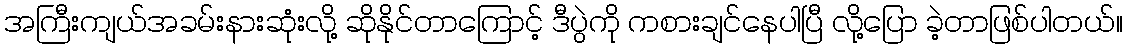
အကြီးကျယ်အခမ်းနားဆုံးလို့ ဆိုနိုင်တာကြောင့် ဒီပွဲကို ကစားချင်နေပါပြီ လို့ပြော ခဲ့တာဖြစ်ပါတယ်။